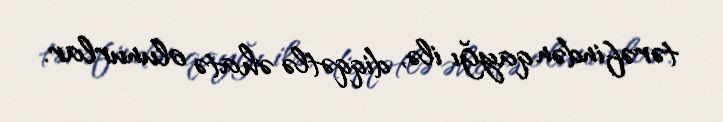
tərəfindən qayğı ilə, diqqətlə əhatə olunurlar.